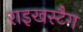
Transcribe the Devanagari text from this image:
राइखस्टैग